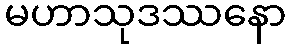
မဟာသုဒဿနော